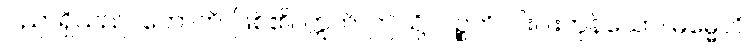
ပညာရှိသည်။ ဟောတိ၊ ဖြစ်၏။ ဣတိ၊ ဤသို့။ ပဉ္စဟိ၊ ငါးပါးကုန်သော။ ဓမ္မေဟိ၊